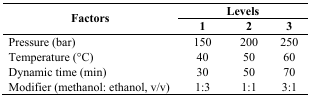
<table><thead><tr><td rowspan="2"><b>Factors</b></td><td colspan="3"><b>Levels</b></td></tr><tr><td><b>1</b></td><td><b>2</b></td><td><b>3</b></td></tr></thead><tbody><tr><td>Pressure (bar)</td><td>150</td><td>200</td><td>250</td></tr><tr><td>Temperature (°C)</td><td>40</td><td>50</td><td>60</td></tr><tr><td>Dynamic time (min)</td><td>30</td><td>50</td><td>70</td></tr><tr><td>Modifier (methanol: ethanol, v/v)</td><td>1:3</td><td>1:1</td><td>3:1</td></tr></tbody></table>